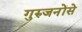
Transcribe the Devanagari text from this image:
गुरुजनोंसे